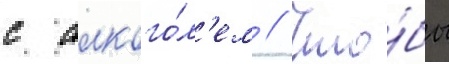
с алкого́л'ем // Что́бы